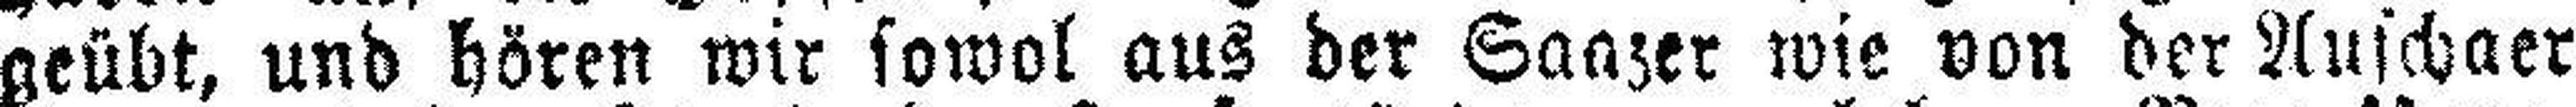
geübt, und hören wir sowol aus der Saazer wie von der Auschaer